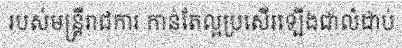
របស់មន្ត្រីរាជការ កាន់តែល្អប្រសើរឡើងជាលំដាប់